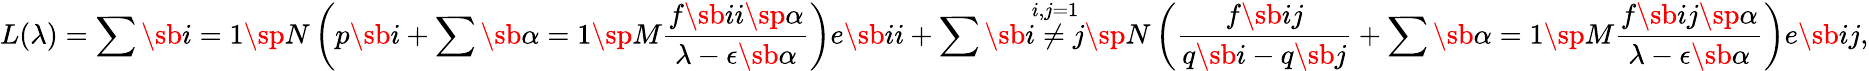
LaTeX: L(\lambda)=\sum\sb{i=1}\sp N\left(p\sb i+\sum\sb{\alpha=1}\sp M{\frac{f\sb{ii}\sp\alpha}{\lambda-\epsilon\sb\alpha}}\right)e\sb{ii}+\sum\sb{\stackrel{i,j=1}{i\neq j}}\sp N\left({\frac{f\sb{ij}}{q\sb i-q\sb j}}+\sum\sb{\alpha=1}\sp M{\frac{f\sb{ij}\sp\alpha}{\lambda-\epsilon\sb\alpha}}\right)e\sb{ij},